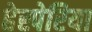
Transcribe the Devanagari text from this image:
हेस्पेरिया